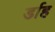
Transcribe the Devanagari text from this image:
र्डाह